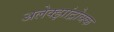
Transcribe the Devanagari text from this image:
अलेक्झांद्रोव्स्क